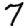
Digit: 7